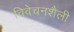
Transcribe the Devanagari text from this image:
विवेचनशैली